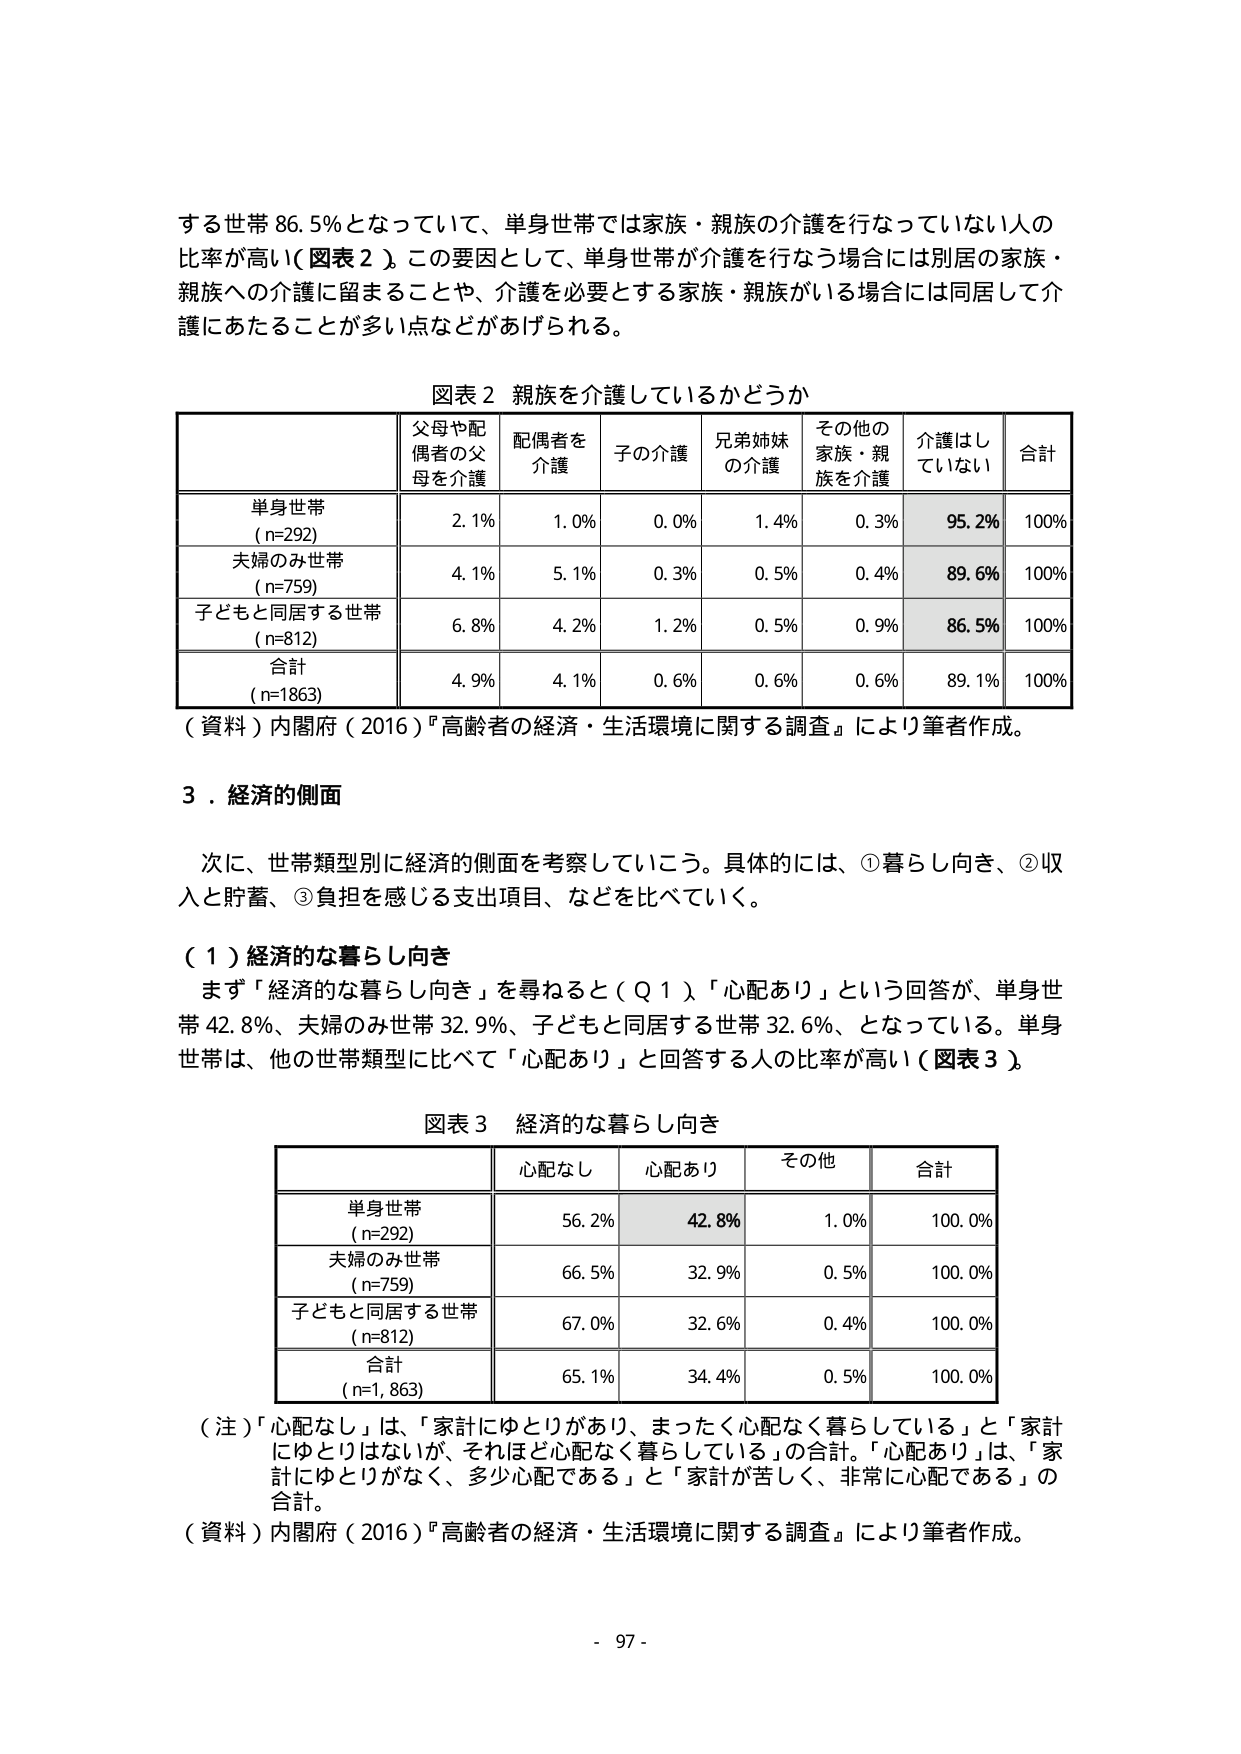
する世帯 86.5%となっていて、単身世帯では家族・親族の介護を行なっていない人の比率が高い（図表2）。この要因として、単身世帯が介護を行なう場合には別居の家族・親族への介護に留まることや、介護を必要とする家族・親族がいる場合には同居して介護にあたることが多い点などがあげられる。

図表2 親族を介護しているかどうか

| | 父母や配偶者の父母を介護 | 配偶者を介護 | 子の介護 | 兄弟姉妹の介護 | その他の家族・親族を介護 | 介護はしていない | 合計 |
|---|---|---|---|---|---|---|---|
| 単身世帯 (n=292) | 2.1% | 1.0% | 0.0% | 1.4% | 0.3% | **95.2%** | 100% |
| 夫婦のみ世帯 (n=759) | 4.1% | 5.1% | 0.3% | 0.5% | 0.4% | **89.6%** | 100% |
| 子どもと同居する世帯 (n=812) | 6.8% | 4.2% | 1.2% | 0.5% | 0.9% | **86.5%** | 100% |
| 合計 (n=1863) | 4.9% | 4.1% | 0.6% | 0.6% | 0.6% | 89.1% | 100% |

（資料）内閣府（2016）『高齢者の経済・生活環境に関する調査』により筆者作成。

3．経済的側面

次に、世帯類型別に経済的側面を考察していこう。具体的には、①暮らし向き、②収入と貯蓄、③負担を感じる支出項目、などを比べていく。

（1）経済的な暮らし向き

まず「経済的な暮らし向き」を尋ねると（Q1）、「心配あり」という回答が、単身世帯 42.8%、夫婦のみ世帯 32.9%、子どもと同居する世帯 32.6%、となっている。単身世帯は、他の世帯類型に比べて「心配あり」と回答する人の比率が高い（図表3）。

図表3 経済的な暮らし向き

| | 心配なし | 心配あり | その他 | 合計 |
|---|---|---|---|---|
| 単身世帯 (n=292) | 56.2% | **42.8%** | 1.0% | 100.0% |
| 夫婦のみ世帯 (n=759) | 66.5% | 32.9% | 0.5% | 100.0% |
| 子どもと同居する世帯 (n=812) | 67.0% | 32.6% | 0.4% | 100.0% |
| 合計 (n=1,863) | 65.1% | 34.4% | 0.5% | 100.0% |

（注）「心配なし」は、「家計にゆとりがあり、まったく心配なく暮らしている」と「家計にゆとりはないが、それほど心配なく暮らしている」の合計。「心配あり」は、「家計にゆとりがなく、多少心配である」と「家計が苦しく、非常に心配である」の合計。

（資料）内閣府（2016）『高齢者の経済・生活環境に関する調査』により筆者作成。

- 97 -